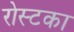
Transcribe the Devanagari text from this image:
रोस्टका